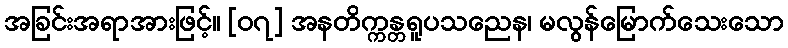
အခြင်းအရာအားဖြင့်။ [၀၇] အနတိက္ကန္တရူပသညေန၊ မလွန်မြောက်သေးသော